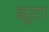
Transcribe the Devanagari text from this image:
झूटा